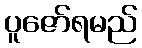
ပူဇော်ရမည်